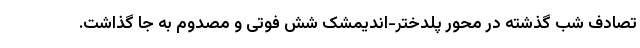
تصادف شب گذشته در محور پلدختر-اندیمشک شش فوتی و مصدوم به جا گذاشت.